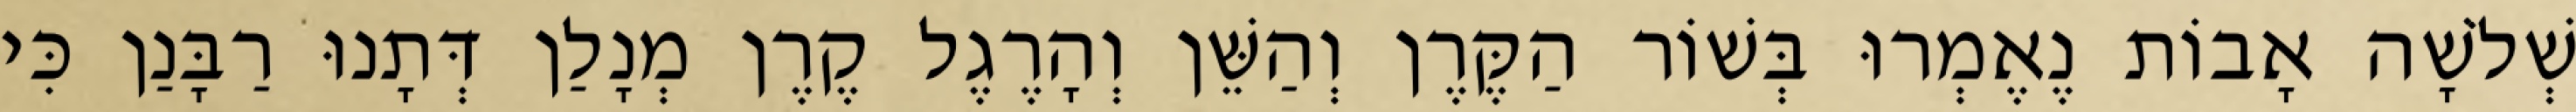
שְׁלֹשָׁה אָבוֹת נֶאֶמְרוּ בְּשׁוֹר הַקֶּרֶן וְהַשֵּׁן וְהָרֶגֶל קֶרֶן מְנָלַן דְּתָנוּ רַבָּנַן כִּי